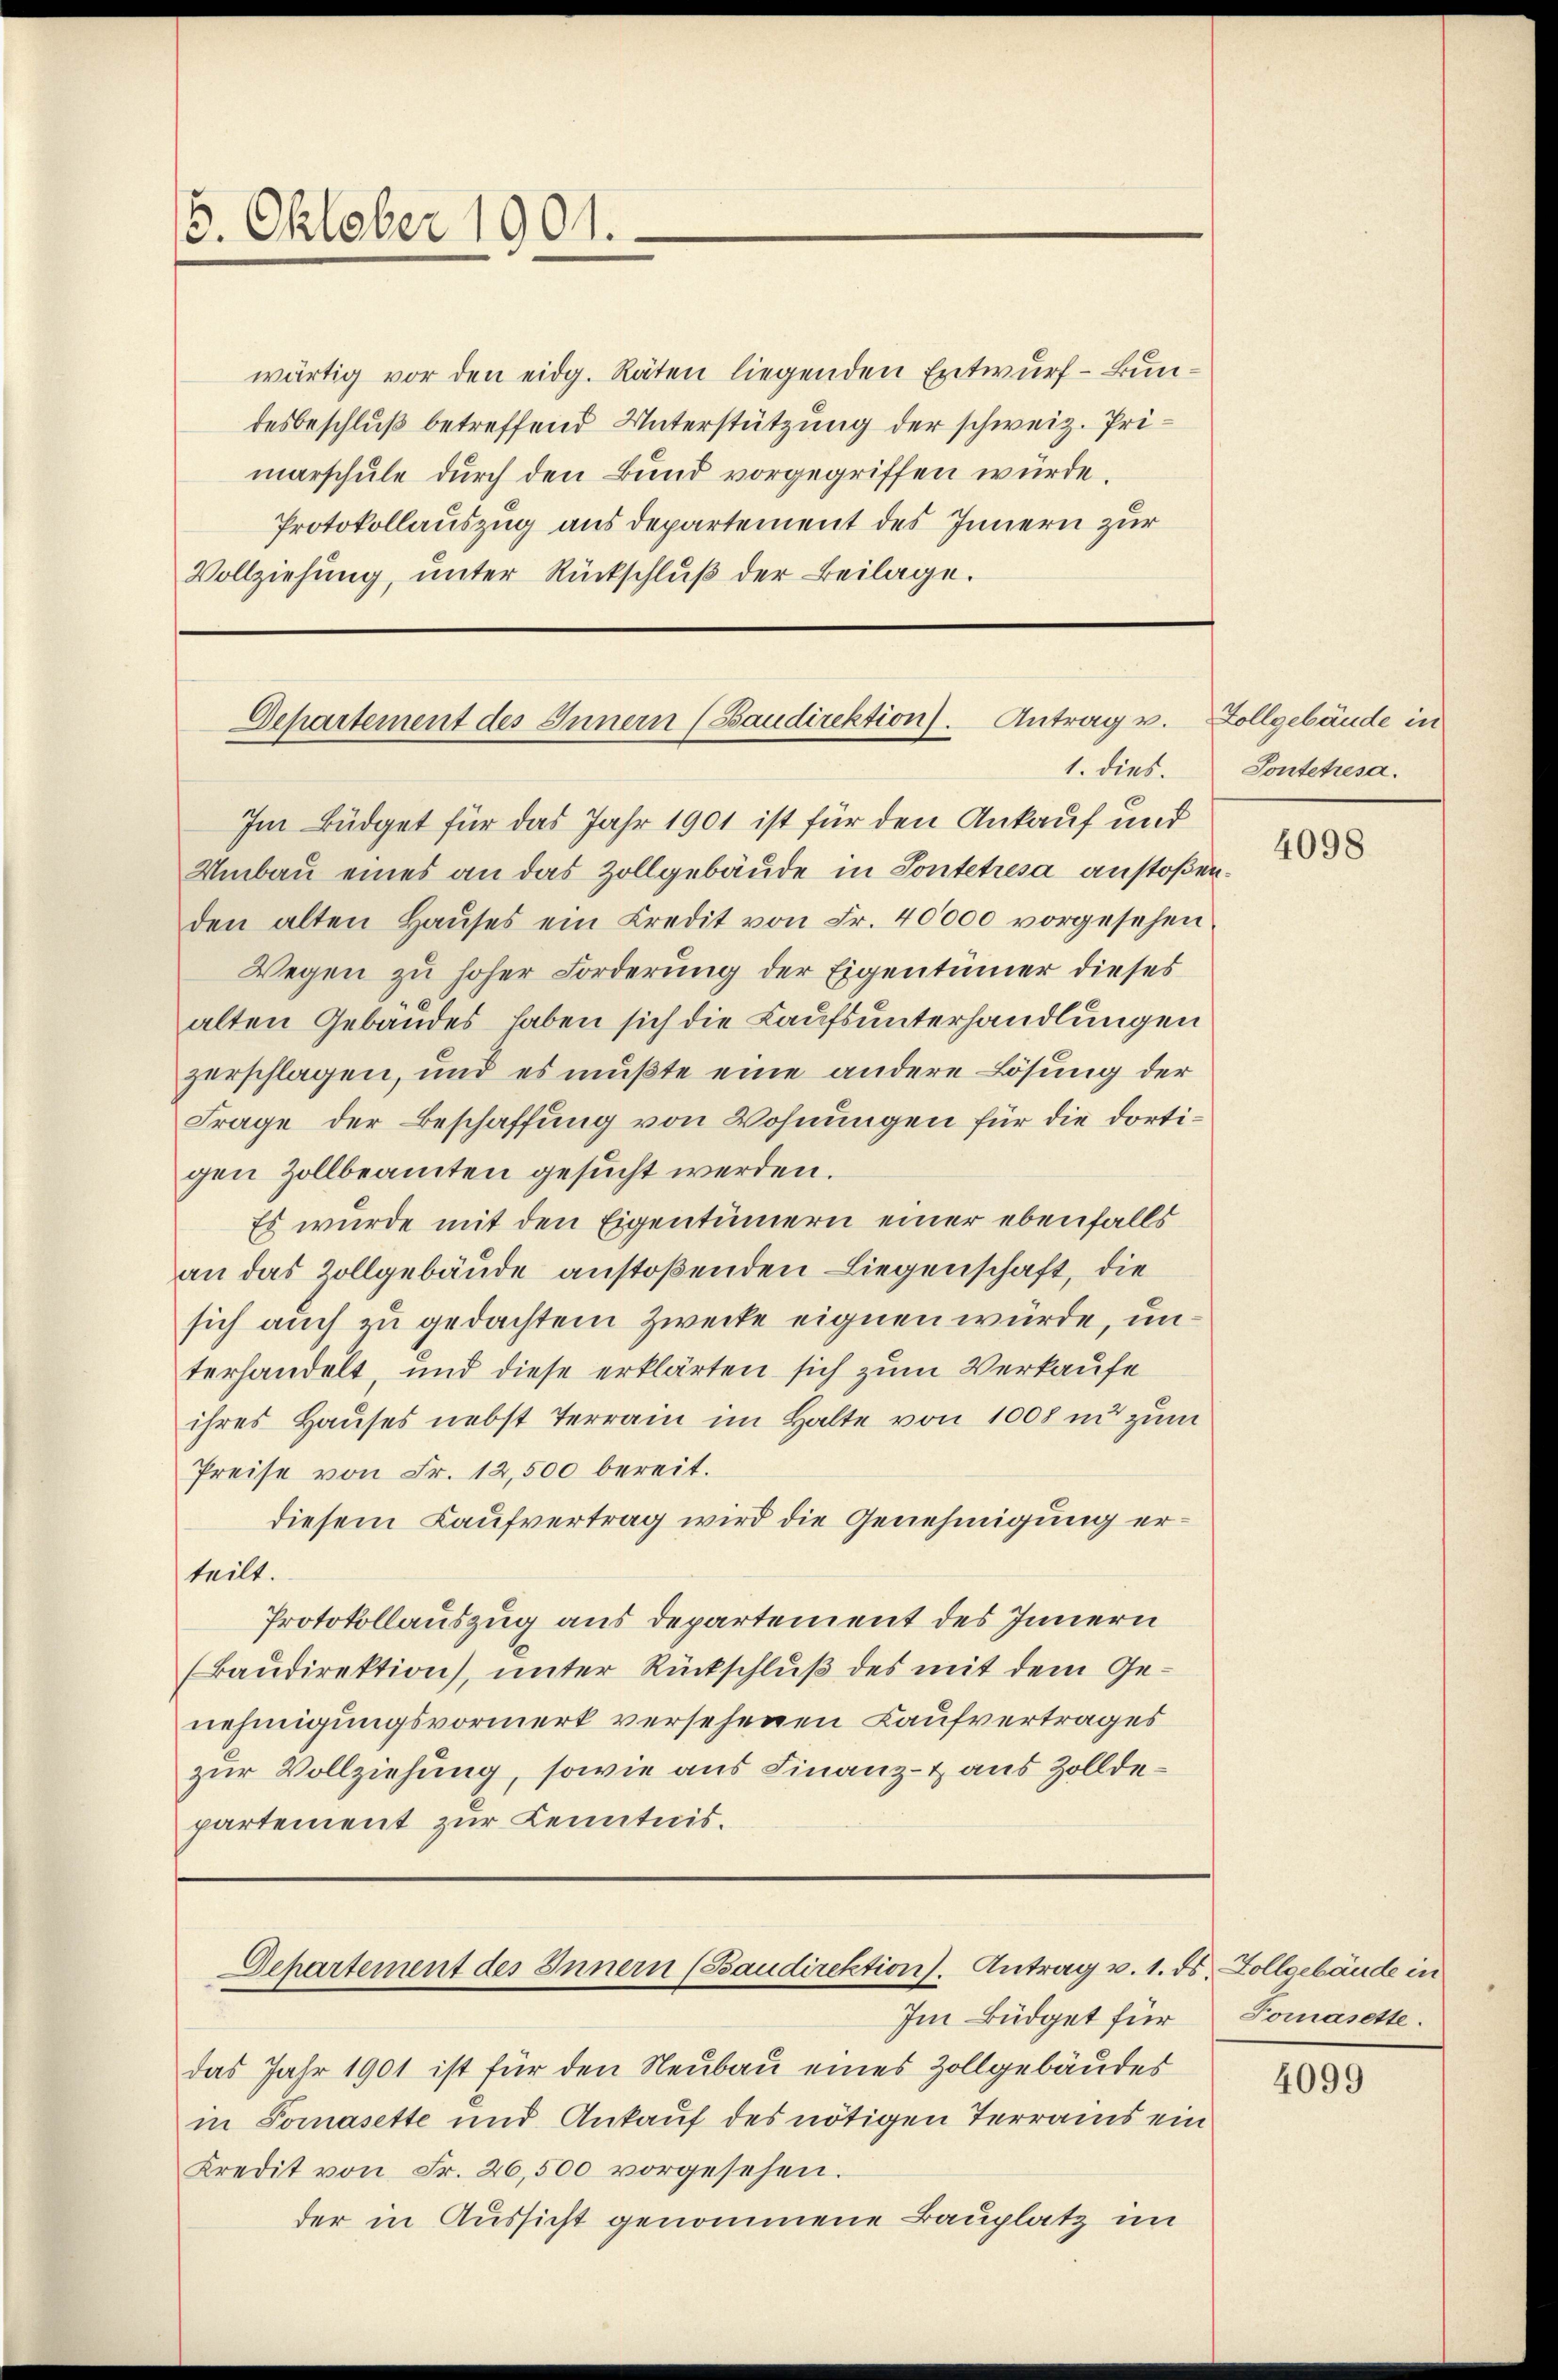
16. Oktober 1901.

wärtig vor den eidg. Räten liegenden Entwurf - Bundesbeschluß betreffend Unterstützung der schweiz. Primarschule durch den Bund vorgegriffen würde.
Protokollauszug aus departement des Innern zur
Vollziehung, unter Rückschluß der Beilage.

Im Büdget für das Jahr 1901 ist für den Ankauf und
Umbau eines an das Zollgebäude in Sontetresa anstoßenden alten Haŭses ein Credit von Fr. 40000 vorgesehen
Wegen zu hoher Forderung der Eigentümer dieses
alten Gebäudes haben sich die Laufsunterhandlungen
zerschlagen, und es mußte eine andere Lösung der
Frage der Beschaffung von Wohnungen für die dortigen Zollbeamten gesucht werden.
Es wurde mit den Eigentümern einer ebenfalls
an das Zollgebäude anstoßenden Liegenschaft, die
sich auch zu gedachtem Zwecke eignen würde, unterhandelt und diese erklärten sich zum Verkaufe
ihres Hauses nebst Terrain im Halte von 1008 in zum
Preise von Fr. 12,500 bereit.
diesem Kaufvertrag wird die Genehmigung erteilt.
Protokollauszug aus Departement des Innern
(Baudirektion), unter Rückschluß des mit dem Genehmigungsvormerk versehenen Kaufvertrages
zur Vollziehung, sowie aus Finanz- & aus Zolldepartement zur Kenntnis.

Departement des Innern (Baudirektion). Antrag u. Zollgebäude in
1. dies.

Departement des Innern (Baudirektion). Antrag v. 1. ds. Zollgebäude in

Im Büdget für
das Jahr 1901 ist für den Neubau eines Zollgebäudes
in Pomasette und Ankauf des nötigen Terrains ein
Kredit von Fr. 26,500 vorgesehen.
der in Aussicht genommene Bauplatz im

Pontetresa.

4098

Pomasette.

4099